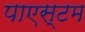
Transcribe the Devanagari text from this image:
पाएस्टम